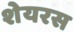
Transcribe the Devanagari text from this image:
शेयरस